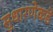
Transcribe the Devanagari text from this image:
सुधारणेकडे